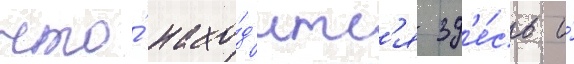
что́ нахо́д'итс'я зд'е́сь и́